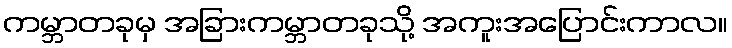
ကမ္ဘာတခုမှ အခြားကမ္ဘာတခုသို့ အကူးအပြောင်းကာလ။